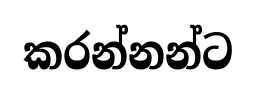
කරන්නන්ට